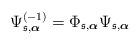
LaTeX: \begin{align*}\Psi^{(-1)}_{\mathfrak{s}, \boldsymbol{\alpha}}=\Phi_{\mathfrak{s}, \boldsymbol{\alpha}}\Psi_{\mathfrak{s}, \boldsymbol{\alpha}}\end{align*}